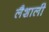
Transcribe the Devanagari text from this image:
लैशाली